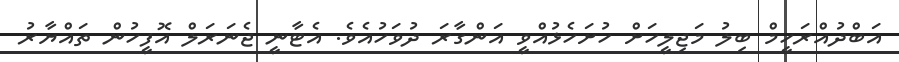
އަބްދުއްރަހީމް ބިލު މަޖިލީހަށް ހުށަހެޅުއްވީ އަންގާރަ ދުވަހުއެވެ. އެޓާނީ ޖެނަރަލް އޮފީހުން ތައްޔާރު